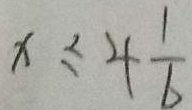
x \leq 4 \frac { 1 } { 6 }